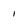
Character: i